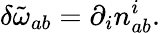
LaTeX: \delta\tilde{\omega}_{ab}=\partial_{i}n_{ab}^{i}.